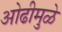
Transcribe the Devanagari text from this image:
ओढीमुळे